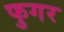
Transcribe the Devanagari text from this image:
फुगर